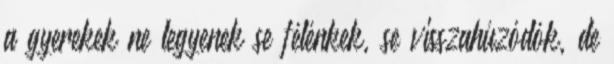
a gyerekek ne legyenek se félénkek, se visszahúzódók, de